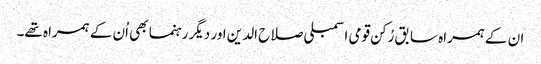
ان کے ہمراہ سابق رُکن قومی اسمبلی صلاح الدین اور دیگر رہنما بھی اُن کے ہمراہ تھے۔